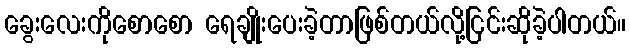
ခွေးလေးကိုစောစော ရေချိုးပေးခဲ့တာဖြစ်တယ်လို့ငြင်းဆိုခဲ့ပါတယ်။